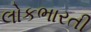
લોકભારતી